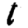
Digit: 1